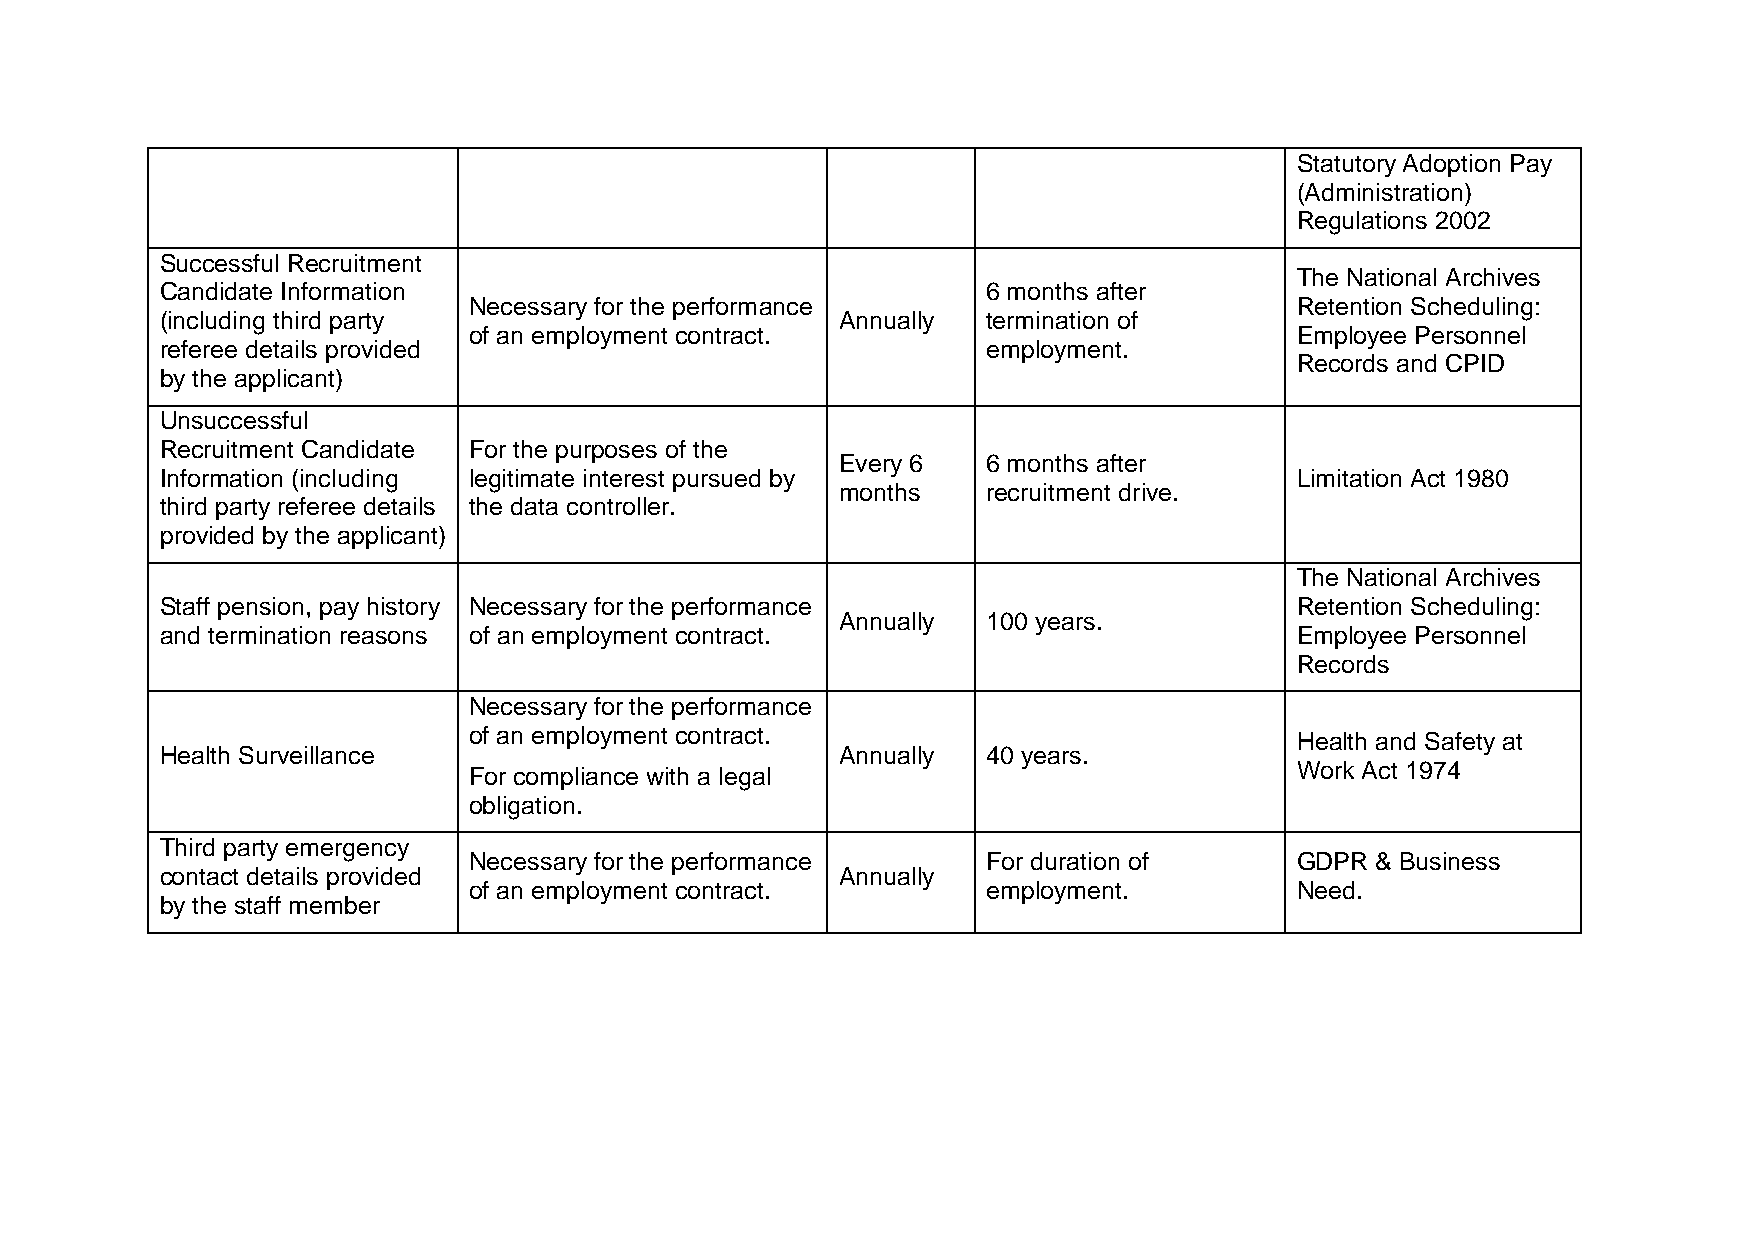
Statutory Adoption Pay
 (Administration)
 Regulations 2002
 Successful Recruitment
 The National Archives
 Candidate Information                                 6 months after
 Necessary for the performance                          Retention Scheduling:
 (including third party                       Annually termination of
 of an employment contract.                             Employee Personnel
 referee details provided                              employment.
 Records and CPID
 by the applicant)
 Unsuccessful
 Recruitment Candidate For the purposes of the
 Every 6  6 months after
 Information (including legitimate interest pursued by                      Limitation Act 1980
 months   recruitment drive.
 third party referee details the data controller.
 provided by the applicant)
 The National Archives
 Staff pension, pay history Necessary for the performance                   Retention Scheduling:
 Annually 100 years.
 and termination reasons of an employment contract.                         Employee Personnel
 Records
 Necessary for the performance
 of an employment contract.                             Health and Safety at
 Health Surveillance                          Annually 40 years.
 For compliance with a legal                            Work Act 1974
 obligation.
 Third party emergency
 Necessary for the performance     For duration of      GDPR & Business
 contact details provided                     Annually
 of an employment contract.        employment.          Need.
 by the staff member